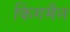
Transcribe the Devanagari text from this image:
किंगमैन